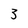
Character: 3